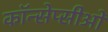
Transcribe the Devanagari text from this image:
कॉन्सेप्सीओं